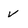
Character: v